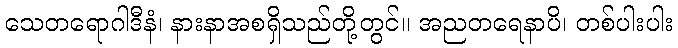
သေတရောဂါဒီနံ၊ နားနာအစရှိသည်တို့တွင်။ အညတရေနာပိ၊ တစ်ပါးပါး